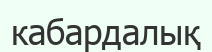
кабардалық